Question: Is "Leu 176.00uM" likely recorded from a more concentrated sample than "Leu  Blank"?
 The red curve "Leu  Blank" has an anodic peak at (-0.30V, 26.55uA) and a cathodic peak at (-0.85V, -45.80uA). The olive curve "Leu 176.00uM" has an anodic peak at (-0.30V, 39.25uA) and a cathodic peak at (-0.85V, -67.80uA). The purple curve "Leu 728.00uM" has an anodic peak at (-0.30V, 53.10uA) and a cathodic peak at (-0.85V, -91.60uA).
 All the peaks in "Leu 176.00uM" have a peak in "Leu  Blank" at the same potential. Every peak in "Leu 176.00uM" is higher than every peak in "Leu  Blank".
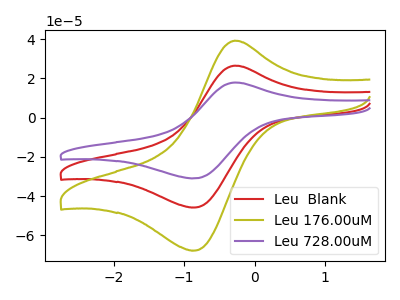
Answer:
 <answer>"Leu 176.00uM" has more signal than "Leu  Blank".</answer>
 <eval>more_signal</eval>